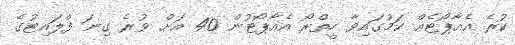
ކުރެ އެއާޕޯޓެއް ކަމުގައިވާ ހީތްރޯ އެއާޕޯޓުން 40 އަށް ވުރެ ގިނަ ފްލައިޓުގެ